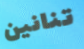
تنانين